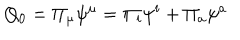
LaTeX: Q _ { 0 } = \Pi _ { \mu } \psi ^ { \mu } = \Pi _ { i } \psi ^ { i } + \Pi _ { a } \psi ^ { a }